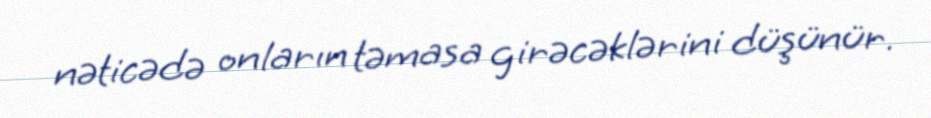
nəticədə onların təmasa girəcəklərini düşünür.